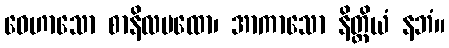
ဝေဟာသော စာနိလပထော၊ အာကာသော နိတ္ထိယံ နဘံ။